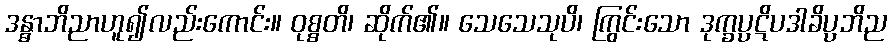
ဒန္ဓာဘိညာဟူ၍လည်းကောင်း။ ဝုစ္စတိ၊ ဆိုက်၏။ သေသေသုပိ၊ ကြွင်းသော ဒုက္ခပ္ပဋိပဒါခိပ္ပဘိည